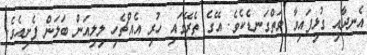
އެނދާއި ގުޅިފައިވާ ވަތްގަނޑެކެވެ. އޭގެ ތެރޭގައި ހުރި އެއްޗެހި ލިލިއަން ބަލަން ފެށިއެވެ.